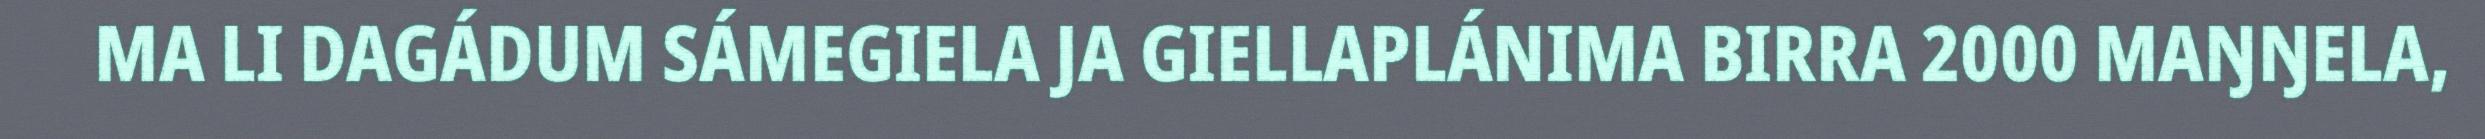
MA LI DAGÁDUM SÁMEGIELA JA GIELLAPLÁNIMA BIRRA 2000 MAŊŊELA,